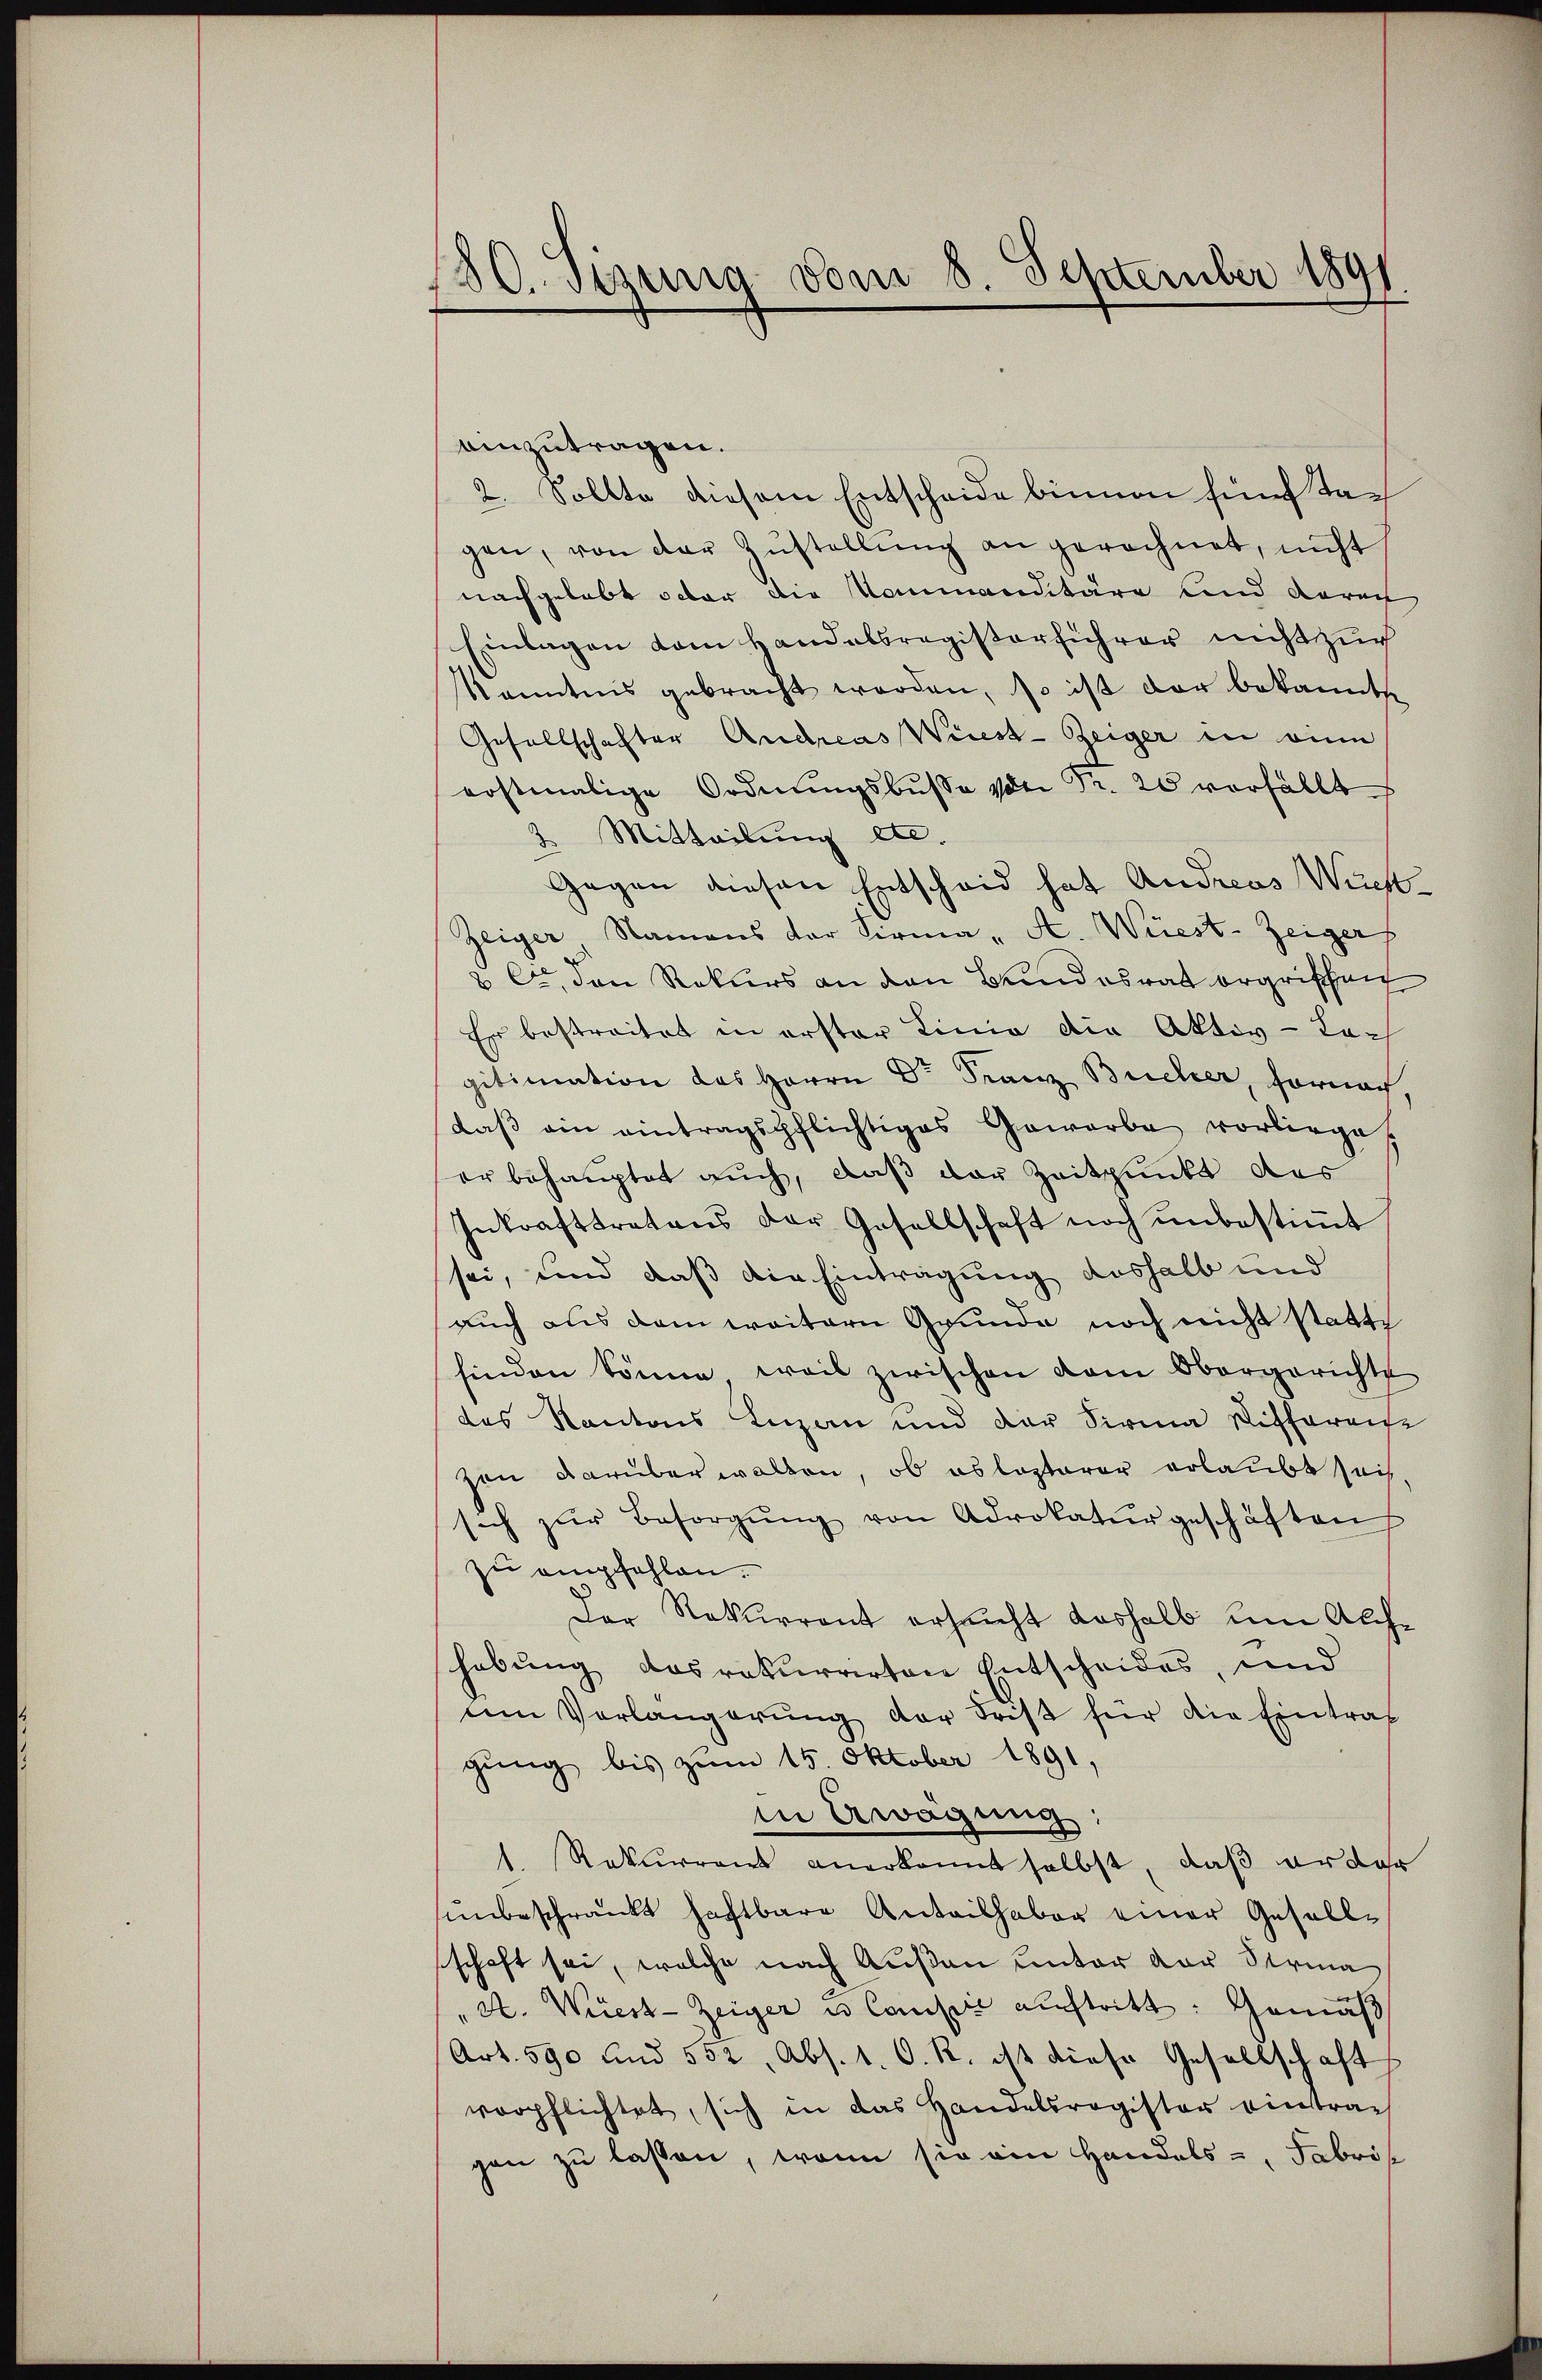
80. Stung vom 8. September 1891
.

einzutragen.
2. Sollte diesem Entscheide binnen fünf Tagen, von der Zustellung an gerechnet, nicht
nachgelebt oder die Kommanditäre und dara
Einlagen vom Handelsregisterführer nicht zur
kanntnis gebracht worden, so ist der bekannte
Gesellschafter Andreas Wies-Zeiger in eine
erstmalige Ordnŭngsbusse der Fr. 20 vorfällt
2 Mitteilung etc.
Gegen diesen Entscheid hat Andreas Wich
Zeiger, Namens der Firma „A. Wüest-Zeiger
2 Er den Rekurs an den Bundesrat ergrischen
Er bestreitet in erster Linie die Aktiv-Loc
gitimation des Herrn Dr Franz Bucher, forner,
daβ ein eintragspflichtiges Gewerbe vorliege.
er behauptet auch, daß vor Zeitpunkt das
Inkrafttretens der Gesellschaft noch ŭnbestiṁt
sei, und daß die Eintragung deshalb und
auch aus dem weitern Grunde noch nicht statte
finden könne weil zwischen vom Obergerichte
des Kantons Luzern und der Firma Riffereie
zon darüberwalten, ob es lezterer erlaubt sei.
sich zŭr Besorgŭng von Advokaturgeschäften
zu empfehlen.
Der Rekurrent ersucht deshalb um Alchhabung das rekurrirten Entscheides, und
am Vorlängerŭng der Frist für die Eintrag
gung bis zum 15. Oktober 1891,
in Aragung:
1. Rekurrent anerkannt selbst, daß er dar
unbeschränkt haftbare Anteilhaben einer Gesellschaft sei, welche nach Außen unter der Serma
A. Wies-Zeiger u. Cantie auftritt: Gemäß
Art. 590 und 552, Abs. 1. O. R. ist diese Gesellschaft
verpflichtet, sich in das Handelsregister eintrag
gen zu lassen, wenn sie ein Handels-, Fabris